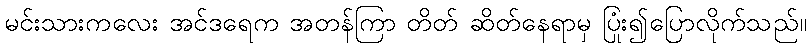
မင်းသားကလေး အင်ဒရေက အတန်ကြာ တိတ် ဆိတ်နေရာမှ ပြုံး၍ပြောလိုက်သည်။